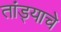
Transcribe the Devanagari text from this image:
तांड्याचे